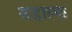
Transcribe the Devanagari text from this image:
रुडाल्फ